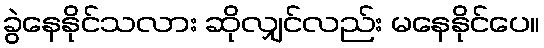
ခွဲနေနိုင်သလား ဆိုလျှင်လည်း မနေနိုင်ပေ။